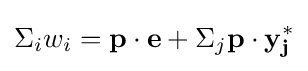
\Sigma _{i}w_{i}=\mathbf {p} \cdot \mathbf {e} +\Sigma _{j}\mathbf {p} \cdot \mathbf {y_{j}^{*}}